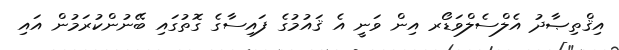
އިޤްތިޞާދު އެލްސެލްވަޑޯރ އިން ވަނީ އެ ޤައުމުގެ ފައިސާގެ ގޮތުގައި ބޭނުންކުރަމުން އައި